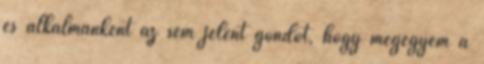
és alkalmanként az sem jelent gondot, hogy megegyem a